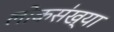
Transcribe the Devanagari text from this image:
लोकस॑ख्या